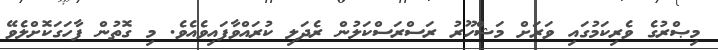
މިޞްރުގެ ވެރިކަމުގައި ވަރަށް މަޝްހޫރު ރަސްރަސްކަލުން ރެދަލި ކުރައްވާފައިވެއެވެ. މި ގޮތުން ފާހަގަކޮށްލެވޭ